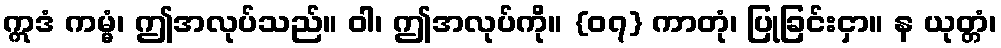
ဣဒံ ကမ္မံ၊ ဤအလုပ်သည်။ ဝါ၊ ဤအလုပ်ကို။ {၀၇} ကာတုံ၊ ပြုခြင်းငှာ။ န ယုတ္တံ၊